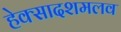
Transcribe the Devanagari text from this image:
हेक्सादशमलव